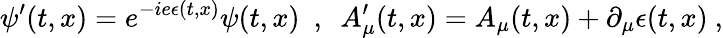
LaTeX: \psi^{\prime}(t,x)=e^{-ie\epsilon(t,x)}\psi(t,x)\ \ ,\ \ A_{\mu}^{\prime}(t,x)=A_{\mu}(t,x)+\partial_{\mu}\epsilon(t,x)\ ,